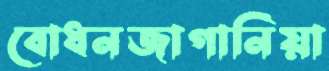
বোধনজাগানিয়া